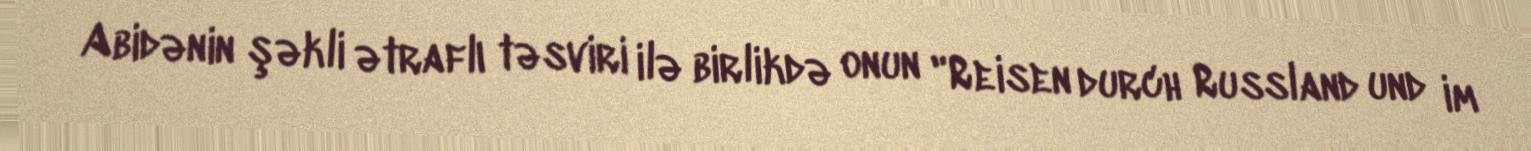
Abidənin şəkli ətraflı təsviri ilə birlikdə onun "Reisen durch Russland und im